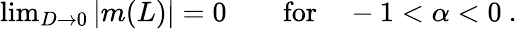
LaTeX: \begin{array}{r}{\operatorname*{lim}_{D\to 0}|m(L)|=0\qquad\mathrm{for}\quad-1<\alpha<0\ .}\end{array}